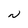
Character: N